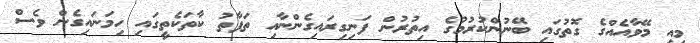
މިއީ މޭވާއެއްގެ ގޮތުގައި ބޭނުންކުރުމުގެ އިތުރުން ފަނިގިރައިގެންނާއި ތަފާތު ކާތަކެތީގައި ހިމަނައިގެން ވެސް